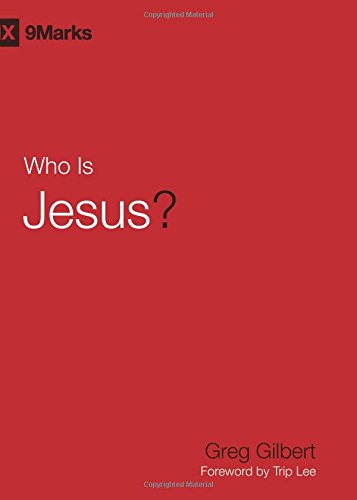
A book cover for Who Is Jesus? (9Marks); Greg Gilbert; Christian Books & Bibles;